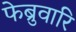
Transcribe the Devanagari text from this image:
फेब्रुवारि